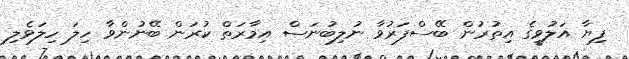
ފިޔާ އަލުވީގެ އިތުރުން ބޭސްފަރުވާ ނުލިބުނަސް އިމާރަތް ކުރަން ބޭނުންވާ ހިލަ ހިލަވެލި